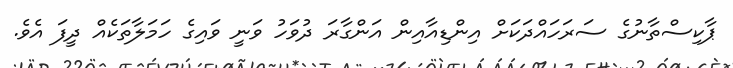
ޕާކިސްތާނުގެ ސަރަހައްދަކަށް އިންޑިއާއިން އަންގާރަ ދުވަހު ވަނީ ވައިގެ ހަމަލާތަކެއް ދީފަ އެވެ.